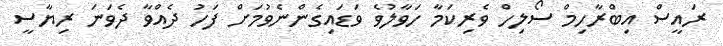
ރައީސް އިބްރާހިމް ސޯލިހް ވެރިކަމާ ހަވާލުވެ ވަޑައިގެންނެވުމަށް ފަހު ދެއްވާ ދެވަނަ ރިޔާސީ